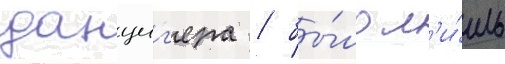
данциг'ера / бы́ло л'и́шь